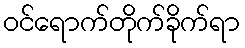
ဝင်ရောက်တိုက်ခိုက်ရာ